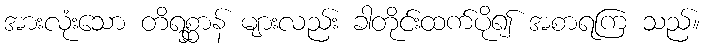
အားလုံးသော တိရစ္ဆာန် များလည်း ခါတိုင်းထက်ပို၍ အစာရကြ သည်။